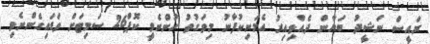
ރައީސް ނަޝީދު ބަޔާން ދެއްވިއިރު އެމަނިކުފާނު މިވަގުތު ހުންނެވީ ކޮޕް26 ސަމިޓަށް ވަޑައިގެންނެވި